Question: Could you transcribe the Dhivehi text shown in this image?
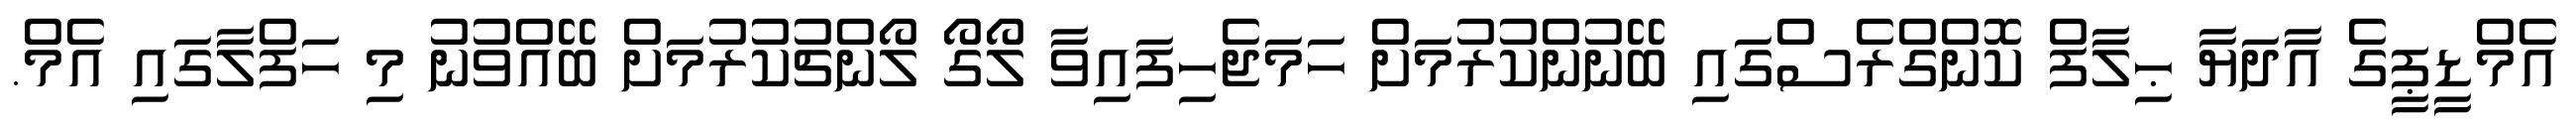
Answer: އެމްޑީޕީގެ އާދަޔާ ޙިލާފް ކޮންގްރެސްގައި ބޭނުންކުރުމަށް ހަމަޖެހިފައިވާ ލޯގޯ ލޯންޗުކުރުމަށް ބޭއްވުނު މި ހަފްލާގައި އެމް.